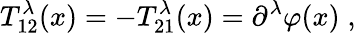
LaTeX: T_{12}^{\lambda}(x)=-T_{21}^{\lambda}(x)=\partial^{\lambda}\varphi(x)\; ,